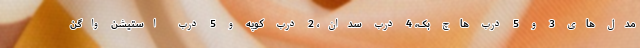
مدل های 3 و 5 درب هاچ بک، 4 درب سدان، 2 درب کوپه و 5 درب استیشن واگن